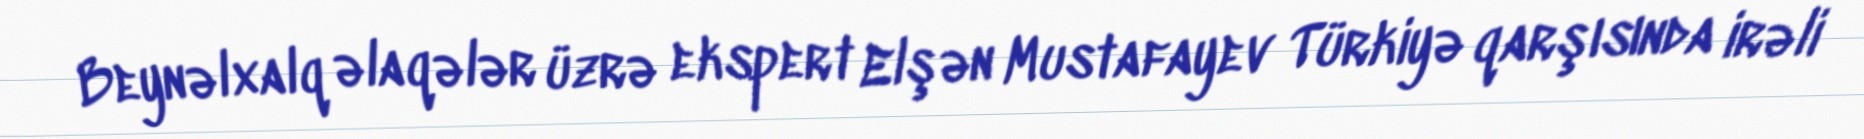
Beynəlxalq əlaqələr üzrə ekspert Elşən Mustafayev Türkiyə qarşısında irəli